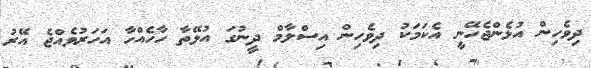
ދިވެހިން އުޅެންޖެހޭނީ އެކަމަކު ދިވެހިން އިސްލާމް ދީނުގަ އުޅޭތާ ހާހެއްހާ އަހަރުވެއްޖެ އޭރު